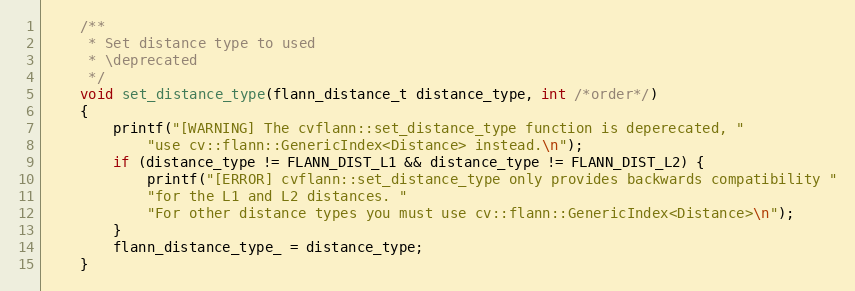
Language: C++
    /**
     * Set distance type to used
     * \deprecated
     */
    void set_distance_type(flann_distance_t distance_type, int /*order*/)
    {
        printf("[WARNING] The cvflann::set_distance_type function is deperecated, "
            "use cv::flann::GenericIndex<Distance> instead.\n");
        if (distance_type != FLANN_DIST_L1 && distance_type != FLANN_DIST_L2) {
            printf("[ERROR] cvflann::set_distance_type only provides backwards compatibility "
            "for the L1 and L2 distances. "
            "For other distance types you must use cv::flann::GenericIndex<Distance>\n");
        }
        flann_distance_type_ = distance_type;
    }